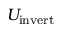
U _ { \mathrm { i n v e r t } }